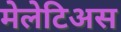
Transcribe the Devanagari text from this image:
मेलेटिअस